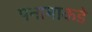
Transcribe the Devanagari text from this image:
पनामाकडे